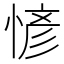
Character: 𢞆